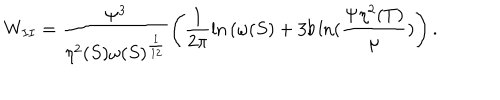
LaTeX: W _ { I I } = \frac { { \Psi } ^ { 3 } } { \eta ^ { 2 } ( S ) { \omega ( S ) } ^ { \frac { 1 } { 1 2 } } } \left( \frac { 1 } { 2 \pi } { \ln { ( \omega ( S ) } } + 3 b \ln ( \frac { \Psi \eta ^ { 2 } ( T ) } { \mu } ) \right) .